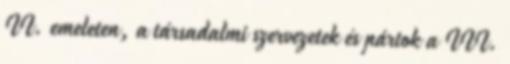
II. emeleten, a társadalmi szervezetek és pártok a III.